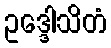
ဥဒ္ဒေါသိတံ